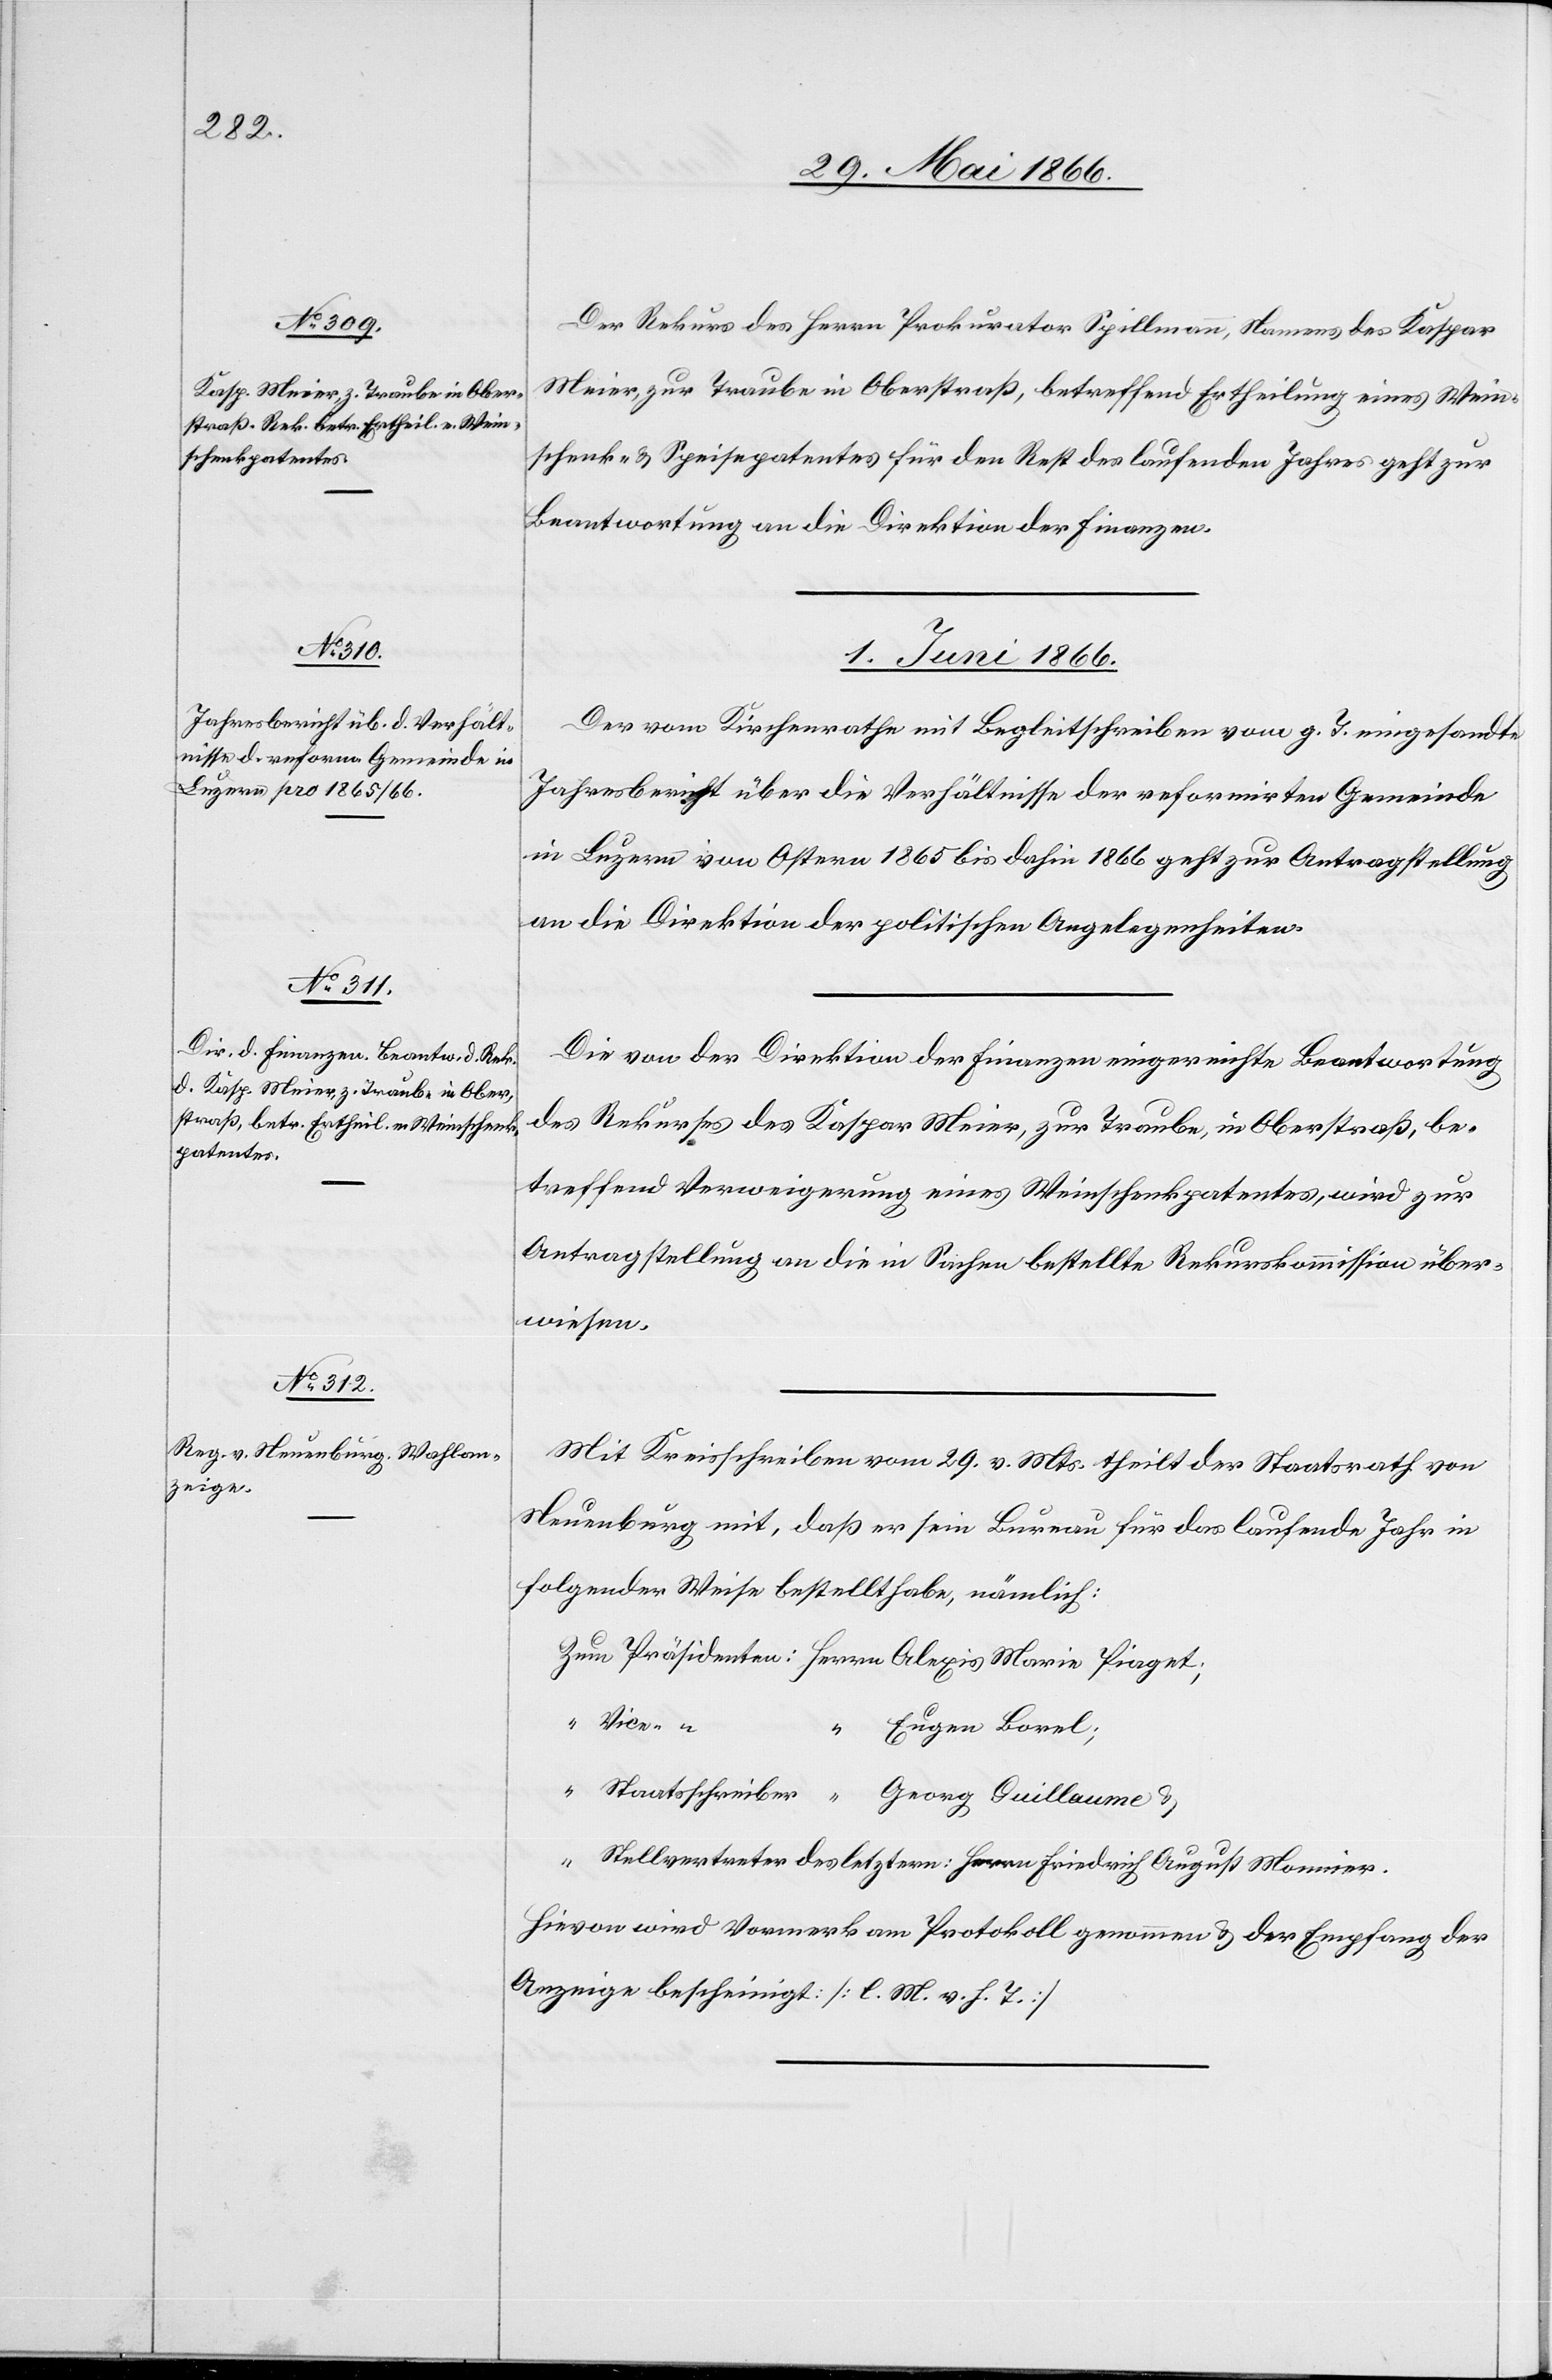
31. Mai 1866.]
Der Rekurs des Herrn Prokurator Spillmann, Namens des Kaspar
Meier, zur Traube in Oberstraß, betreffend Ertheilung eines Wein¬
schenk- u. Speisepatentes für den Rest des laufenden Jahres geht zur
Beantwortung an die Direktion der Finanzen.
1. Juni 1866.]
Der vom Kirchenrathe mit Begleitschreiben vom g. T. eingesandte
Jahresbericht über die Verhältnisse der reformirten Gemeinde
in Luzern von Ostern 1865 bis dahin 1866 geht zur Antragstellung
an die Direktion der politischen Angelegenheiten.
Die von der Direktion der Finanzen eingereichte Beantwortung
des Rekurses des Kaspar Meier, zur Traube, in Oberstraß, be¬
treffend Verweigerung eines Weinschenkpatentes, wird zur
Antragstellung an die in Sachen bestellte Rekurskommission über¬
wiesen.
Mit Kreisschreiben vom 29. v. Mts. theilt der Staatsrath von
Neuenburg mit, daß er sein Bureau für das laufende Jahr in
folgender Weise bestellt habe, nämlich:
Zum Präsidenten: Herrn Alexis Morin Piaget;
“ Vice- “
Eugen Borel;
“ Staatsschreiber “ Georg Guillaume u.
Stellvertreter des letztern: Herrn Friedrich August Mannier.
Hievon wird Vormerk am Protokoll genommen u. der Empfang der
Anzeige bescheinigt. [l. M. v. h. T.]